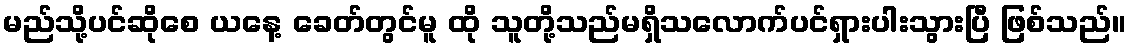
မည်သို့ပင်ဆိုစေ ယနေ့ ခေတ်တွင်မူ ထို သူတို့သည်မရှိသလောက်ပင်ရှားပါးသွားပြီ ဖြစ်သည်။